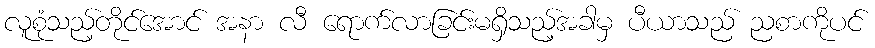
လူစုံသည့်တိုင်အောင် အနာ လီ ရောက်လာခြင်းမရှိသည့်အခါမှ ပီယာသည် ညစာကိုပင်